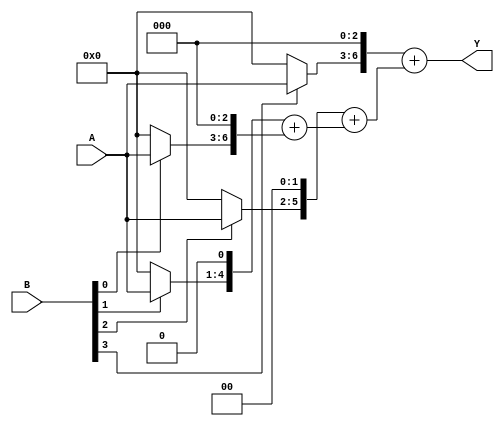
module array_multiplier #(parameter m = 4, n = 4) (
    input wire [m-1:0] A,       // m-bit multiplicand
    input wire [n-1:0] B,       // n-bit multiplier
    output wire [m+n-1:0] Y     // m+n-bit product
);

    wire [m-1:0] partial [0:n-1];  // Array to store partial products
    wire [m+n-1:0] sum [0:n-1];     // Array to accumulate sums

    // Generate partial products
    genvar i;
    generate
        for (i = 0; i < n; i = i + 1) begin : partial_product_gen
            assign partial[i] = B[i] ? A : {m{1'b0}};
        end
    endgenerate

    // Initializing the first row of sum as partial product
    assign sum[0] = {partial[0], {n-1{1'b0}}}; // Shift partial[0] by 0

    // Adding partial products
    genvar j;
    generate
        for (j = 1; j < n; j = j + 1) begin : addition
            assign sum[j] = {partial[j], {j{1'b0}}} + sum[j-1]; // Shift and add
        end
    endgenerate

    // Final product output
    assign Y = sum[n-1]; // The last sum is the final product

endmodule